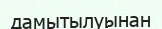
дамытылуынан